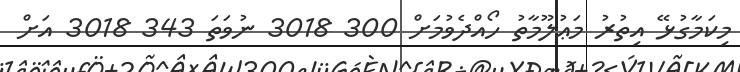
މިކަމާގުޅޭ އިތުރު މަޢުލޫމާތު ހޯއްދެވުމަށް 300 3018 ނުވަތަ 343 3018 އަށް